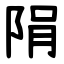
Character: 䧎